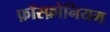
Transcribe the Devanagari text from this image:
फ़ॉस्फ़ोनियम